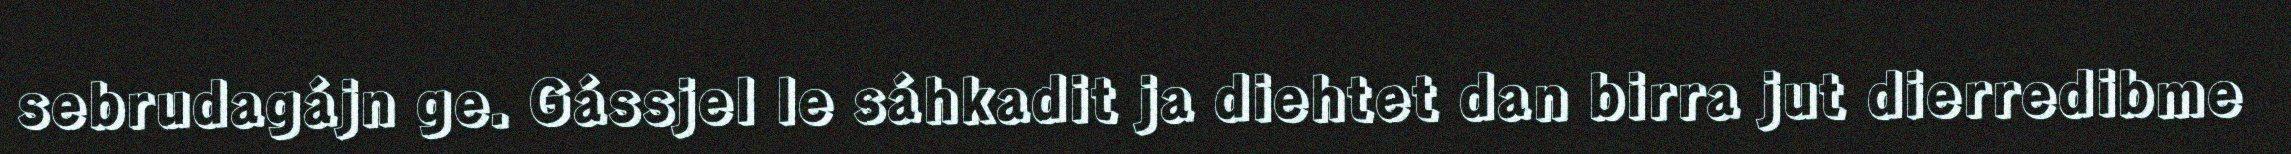
sebrudagájn ge. Gássjel le sáhkadit ja diehtet dan birra jut dierredibme